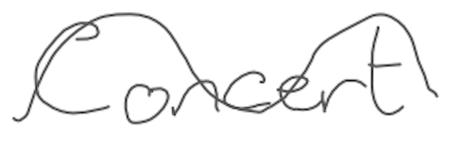
Text: Concert
Cross-out: wave
Writing tool: digital_gray